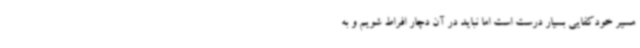
مسیر خودکفایی بسیار درست است اما نباید در آن دچار افراط شویم و به